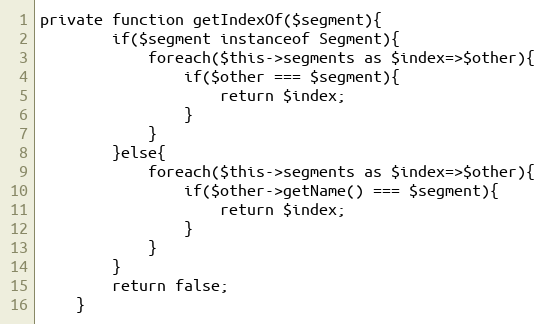
Language: PHP
private function getIndexOf($segment){
		if($segment instanceof Segment){
			foreach($this->segments as $index=>$other){
				if($other === $segment){
					return $index;
				}
			}
		}else{
			foreach($this->segments as $index=>$other){
				if($other->getName() === $segment){
					return $index;
				}
			}
		}
		return false;
	}